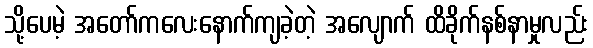
သို့ပေမဲ့ အတော်ကလေးနောက်ကျခဲ့တဲ့ အလျောက် ထိခိုက်နစ်နာမှုလည်း